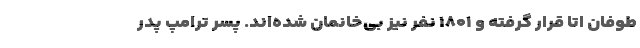
طوفان اتا قرار گرفته و ۱۸۰۱ نفر نیز بی‌خانمان شده‌اند. پسر ترامپ پدر